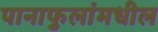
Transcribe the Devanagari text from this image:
पानाफुलांमधील